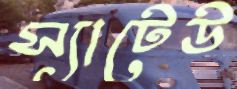
স্যাটেউ